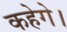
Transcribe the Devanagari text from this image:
कहेगे।